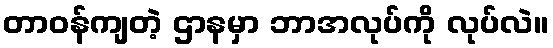
တာဝန်ကျတဲ့ ဌာနမှာ ဘာအလုပ်ကို လုပ်လဲ။